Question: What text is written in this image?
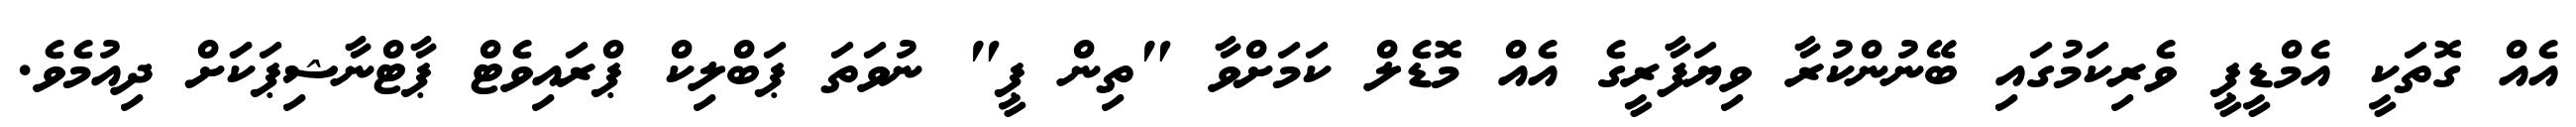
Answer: އެއް ގޮތަކީ އެމްޑީޕީ ވެރިކަމުގައި ބޭނުންކުރާ ވިޔަފާރީގެ އެއް މޮޑެލް ކަމަށްވާ "ތިން ޕީ" ނުވަތަ ޕަބްލިކް ޕްރައިވެޓް ޕާޓްނާޝިޕަކަަށް ދިއުމެވެ.